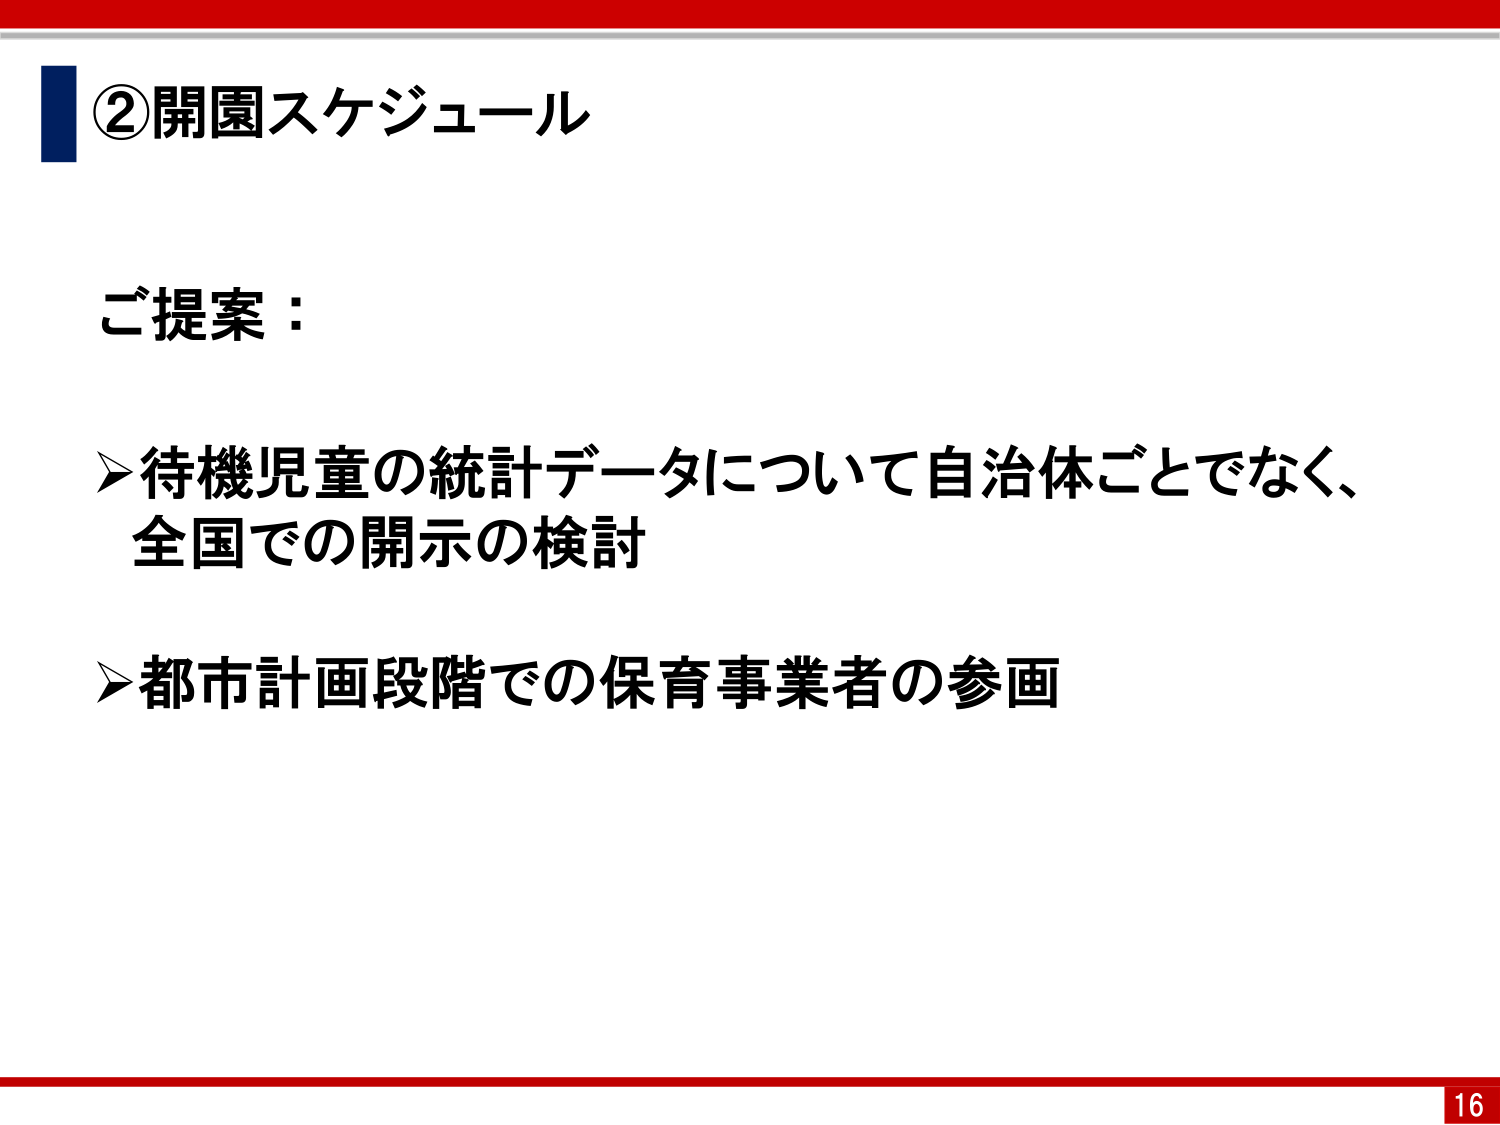
②開園スケジュール

ご提案：

➢待機児童の統計データについて自治体ごとでなく、
全国での開示の検討

➢都市計画段階での保育事業者の参画

16